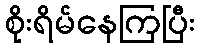
စိုးရိမ်နေကြပြီး